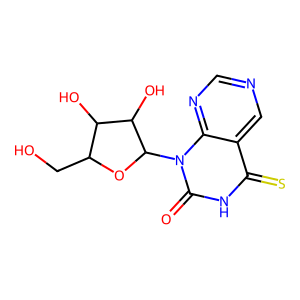
SMILES: O=c1[nH]c(=S)c2cncnc2n1C1OC(CO)C(O)C1O
Inhibits HIV replication: No